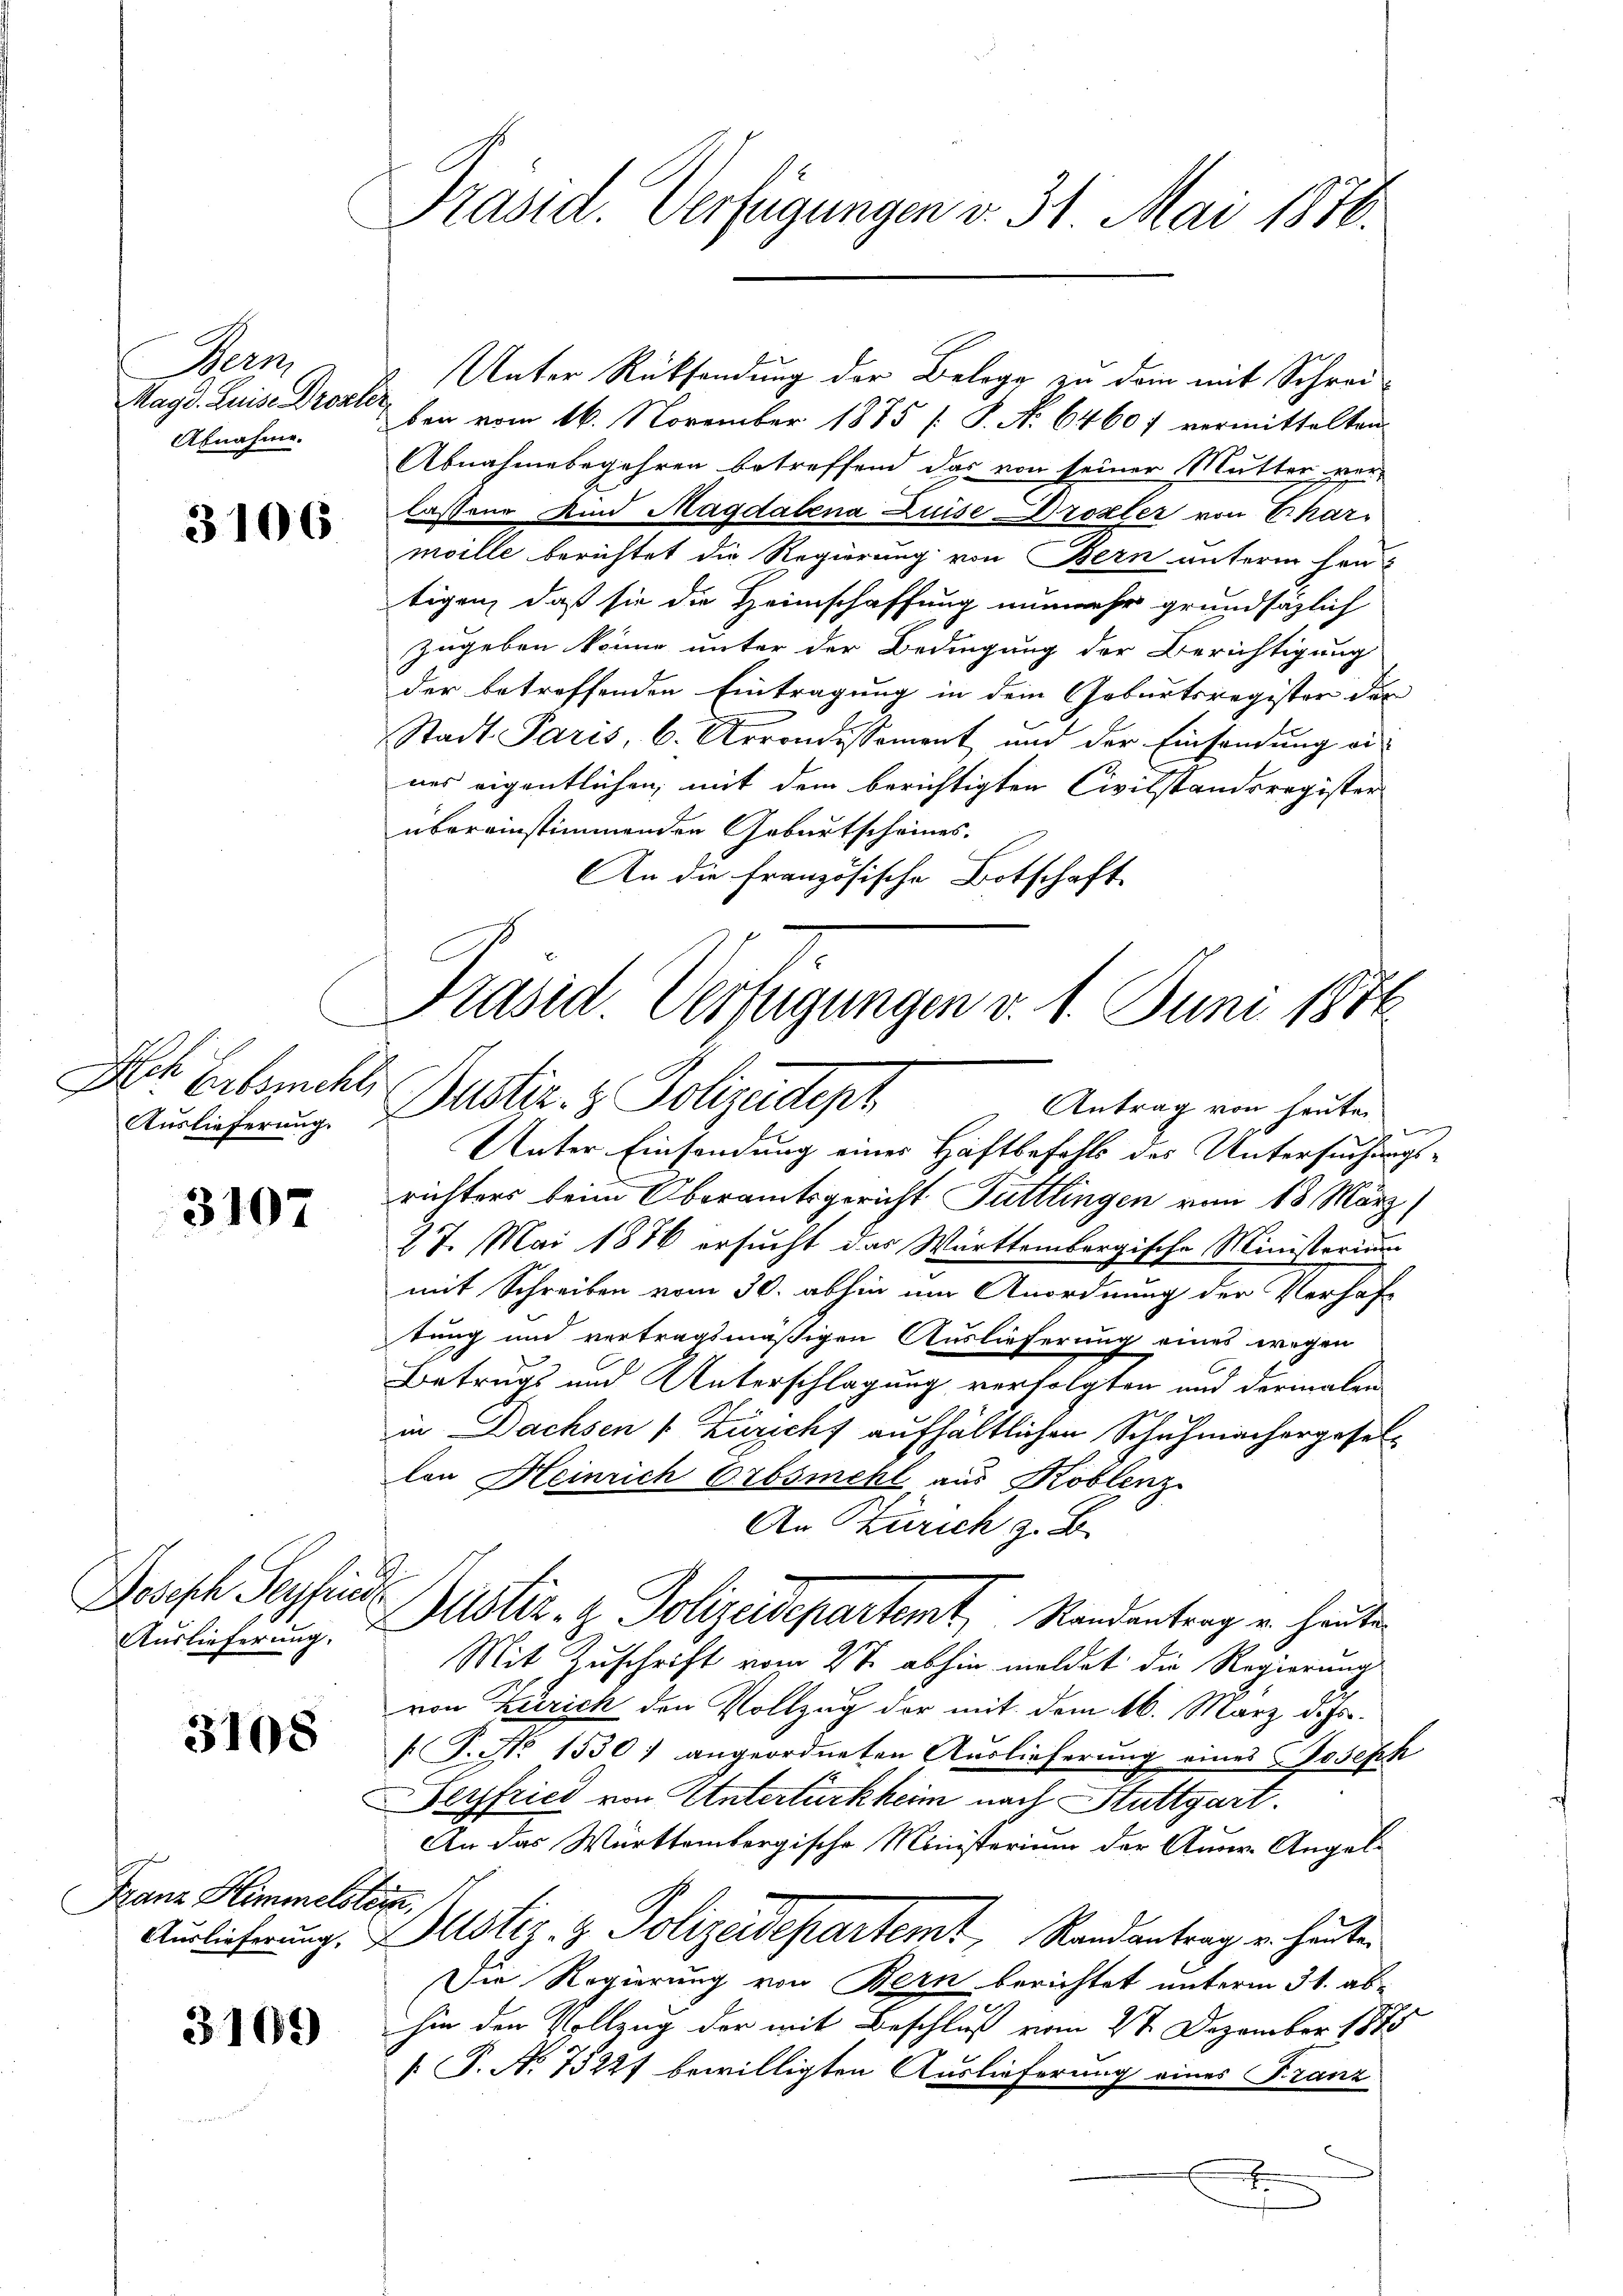
Berm
Magd. Luise Drozler
Abnahme.

3106

Ack Erbsmche
Auslieferung.

3107

Dosisch Seyfrie
Auslieferung.

3108

Franz Himmelstein,
Auslieferung.

3109)

Präsid. Verfügungen v. 31. Mai 1846.

Unter Rücksendung der Belege zu dem mit Schreibei vom 16. November 1875 [S. No 6460; vermittelten
Abnahmebegehren betreffend das von seiner Mutter ver-
lassene Kind Magdalena Luise Drozler von Scharmoille berichtet die Regierung von Bern unterm heutigen, daß sie die Heimschaffung nunmehr grundsätzlich
zugeben könne unter der Bedingung der Berichtigung
der betroffenden Eintragung in dem Geburtsregister der
Stadt Paris, b. Arrondissement und der Einsendung ei
nes eigentlichen, mit dem berichtigten Civilstandsregister
übereinstimmenden Geburtscheines.
An die französische Botschaft

Präsid Verfügungen v. 1. Juni 1876
Justiz- & Polizeidept
Antrag von heute

.
Unter Einsendung eines Haftbefehls des Untersuchungsrichters beim Oberamtsgericht Tuttlingen vom 18. März,
27. Mai 1876 ersucht das Württembergische Ministerium
mit Schreiben vom 30. abhin um Anordnung der Verhaf-
tung und vertragsmäßigen Auslieferung eines wegen
Betrugs und Unterschlagung verfolgten und dermalen
in Dachsen (Züricht aufhältlichen Schuhmachergesel-
Con Heinrich Erbsmehl aus Koblenz
An Zürich z. B.
Mit Zuschrift vom 2te abhin meldet die Regierung
von Zürich den Vollzug der mit dem 16. März d. Js.
T. No 1530) angeordneten Auslieferung eines Joseph
Sersfried von Untertürkheim nach Stuttgart.
An das Württembergische Ministerium der Aner-Angel¬
Dustiz- & Polizeidepartemt, Randantrag u. heuten
Die Regierung von Bern berichtet unterm 31. abhin den Vollzug der mit Beschluß vom 27 Dezember 1888
[ P. No 75221 bewilligten Auslieferung eines Franz
x

Justiz- & Polizeidepartemt, Standentrag u. heute